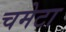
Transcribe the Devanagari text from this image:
चमेटा